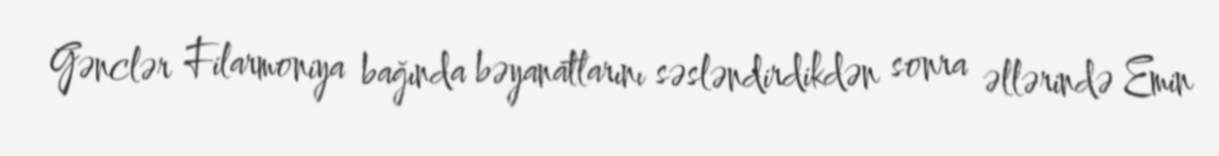
Gənclər Filarmoniya bağında bəyanatlarını səsləndirdikdən sonra əllərində Emin